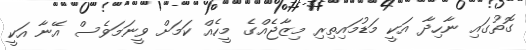
ގޮތުގައި ނާހިދާ އަކީ މަޑުމައިތިރި މިޒާޖެއްގެ މީހެއް ކަމަށް ވީނަމަވެސް އޭނާ އަކީ